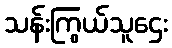
သန်းကြွယ်သူဌေး